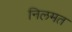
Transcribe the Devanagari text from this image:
निलमत